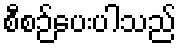
စီစဉ်ပေးပါသည်